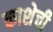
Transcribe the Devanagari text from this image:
काशेची